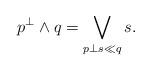
LaTeX: \begin{align*}p^\perp\wedge q=\bigvee_{p\perp s\ll q}s.\end{align*}